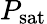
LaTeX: P_{\textrm{sat}}